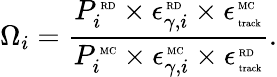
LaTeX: {\Omega}_{i}=\frac{P_{i}^{\mathrm{\tiny~RD}}\times\epsilon_{\gamma,i}^{\mathrm{\tiny~RD}}\times\epsilon_{\mathrm{\tiny~track}}^{\mathrm{\tiny~MC}}}{{P_{i}^{\mathrm{\tiny~MC}}}\times{\epsilon_{\gamma,i}^{{\mathrm{\tiny~MC}}}}\times\epsilon_{\mathrm{\tiny~track}}^{\mathrm{\tiny~RD}}}.